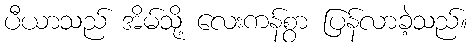
ပီယာသည် အိမ်သို့ လေးကန်စွာ ပြန်လာခဲ့သည်။